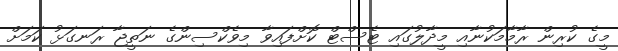
މީގެ ކުރިން ރާމާމަކުނާއި މީދާލުގައި ޓެސްޓް ކޮށްފައިވާ މިވެކްސިންގެ ނަތީޖާ ރަނގަޅު ކަމަށް